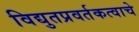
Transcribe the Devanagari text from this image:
विद्युतप्रवर्तकत्वाचे